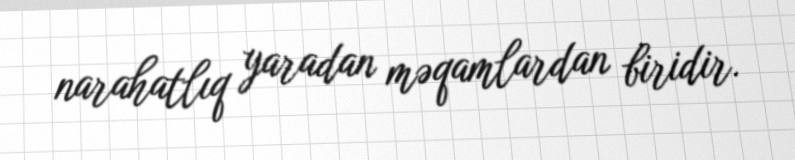
narahatlıq yaradan məqamlardan biridir.